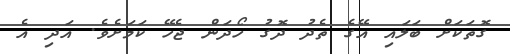
ގޮތަކަށް ބަލައި އޭގެ ތެދު ދޮގު ހޯދަން ޖެހޭ ކަމަށެވެ. އަދި އެ